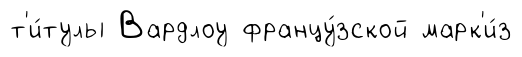
т'и́тулы Вардлоу францу́зской марк'и́з